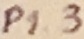
Text: P1.3